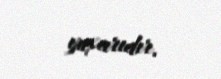
yuxarıdır.